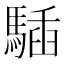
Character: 䮢